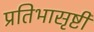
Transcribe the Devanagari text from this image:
प्रतिभासृष्टी